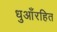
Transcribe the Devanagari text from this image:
धुआँरहित